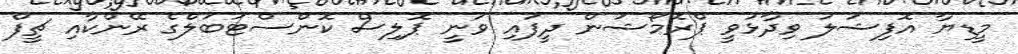
މީޑިޔާ އޮފިޝަލު ވިދާޅުވީ ޕްރޮމޯޝަން ދީފައި ވަނީ ޕޮލިސް ކޮންސްޓަބަލްގެ ރޭންކާއި ޗީފް